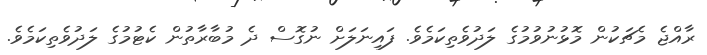
ރާއްޖެ މެޗަކުން މޮޅުނުވުމުގެ ލަދުވެތިކަމެވެ. ފައިނަލަށް ނުގޮސް ދެ މުބާރާތުން ކެޓުމުގެ ލަދުވެތިކަމެވެ.